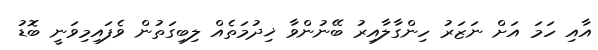
އާއި ހަމަ އަށް ނަޒަރު ހިންގާލާއިރު ބޭނުންވާ ޚިދުމަތެއް ލިބިގަތުން ވެފައިމިވަނީ ބޮޑު